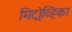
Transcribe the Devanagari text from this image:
मिट्रोव्हिका